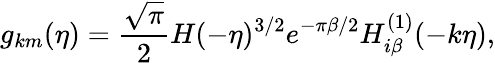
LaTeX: g_{km}(\eta)=\frac{\sqrt{\pi}}{2}H(-\eta)^{3/2}e^{-\pi\beta/2}H_{i\beta}^{(1)}(-k\eta),